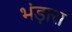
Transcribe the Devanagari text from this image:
भंड़ारा